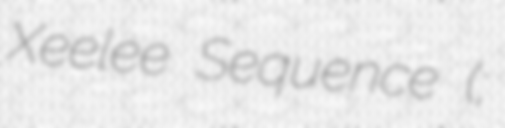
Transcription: Xeelee Sequence (;